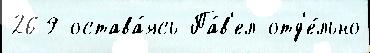
269 остава́ясь Па́в'ел отд'е́льно